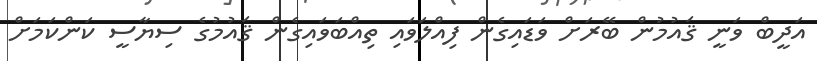
އަދީބް ވަނީ ޤައުމުން ބޭރަށް ވަޑައިގެން ފިއްލަވައި ތިއްބަވައިގެން ޤައުމުގެ ސިޔާސީ ކަންކަމަށް